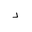
Letter: _dal